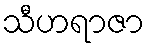
သီဟရာဇာ